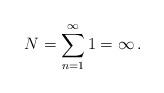
LaTeX: \begin{align*}N=\sum_{n=1}^{\infty}1=\infty \,{.}\end{align*}